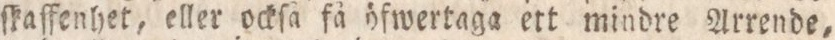
ſkaffenhet, eller ockſå få öfwertaga ett mindre Arrende,